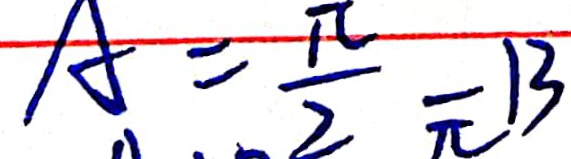
A = \frac { \pi } { 2 } = \pi 1 3